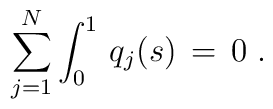
\sum_{j=1}^N \int_0^1 \, q_j(s) \,=\, 0 \;.